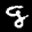
Label: 9